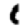
Digit: 1